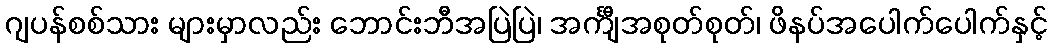
ဂျပန်စစ်သား များမှာလည်း ဘောင်းဘီအပြဲပြဲ၊ အင်္ကျီအစုတ်စုတ်၊ ဖိနပ်အပေါက်ပေါက်နှင့်